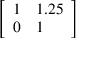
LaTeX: \left[ \begin{array} { l l } { 1 } & { 1 . 2 5 } \\ { 0 } & { 1 } \end{array} \right]